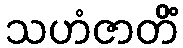
သဟံဇာတိံ